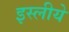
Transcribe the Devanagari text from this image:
इस्लीये